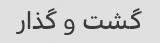
گشت و گذار